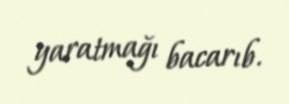
yaratmağı bacarıb.